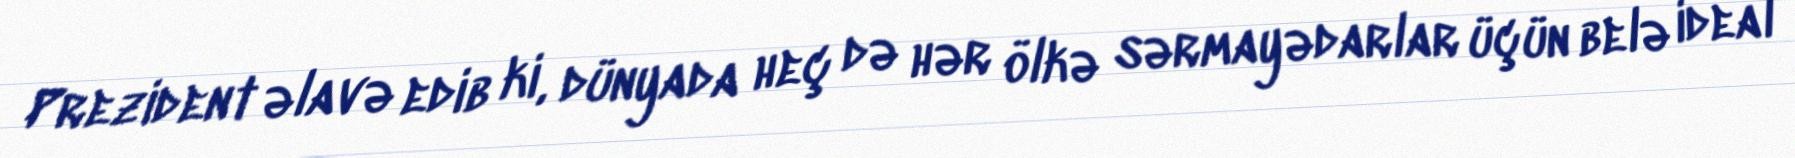
Prezident əlavə edib ki, dünyada heç də hər ölkə sərmayədarlar üçün belə ideal